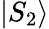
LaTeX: |S_{2}\rangle